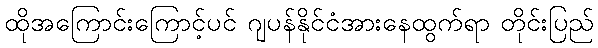
ထိုအကြောင်းကြောင့်ပင် ဂျပန်နိုင်ငံအားနေထွက်ရာ တိုင်းပြည်